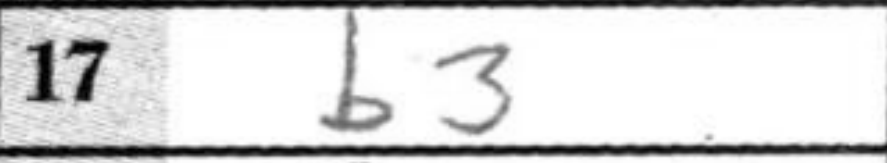
Transcription: b3